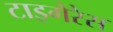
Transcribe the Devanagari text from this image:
टाइगेरेस